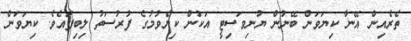
ތެރެއިން އޭނާ ކިޔަވަން ބޭނުން ޔުނިވަސިޓީ އަކުން ކިޔެވުމުގެ ފުރުސަތު ލިިބިފައެވެ. ކިޔަވަން